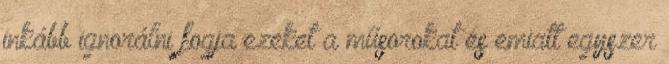
inkább ignorálni fogja ezeket a műsorokat és emiatt egyszer